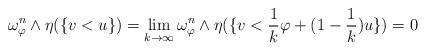
LaTeX: \begin{align*}\omega_{\varphi}^n\wedge\eta(\{v<u\})=\lim_{k\rightarrow\infty}\omega_{\varphi}^n\wedge\eta(\{v<\frac{1}{k}\varphi+(1-\frac{1}{k})u\})=0\end{align*}